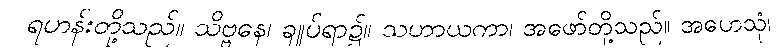
ရဟန်းတို့သည်။ သိဗ္ဗနေ၊ ချုပ်ရာ၌။ သဟာယကာ၊ အဖော်တို့သည်။ အဟေသုံ၊